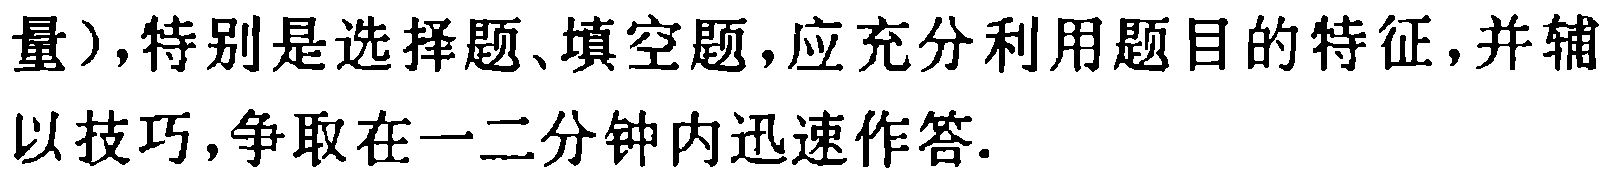
量）,特别是选择题、填空题,应充分利用题目的特征,并辅以技巧,争取在一二分钟内迅速作答.